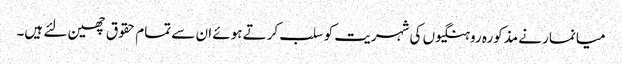
میانمار نے مذکورہ روہنگیوں کی شہریت کو سلب کرتے ہوئے ان سے تمام حقوق چھین لئے ہیں۔